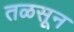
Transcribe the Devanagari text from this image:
तळसून